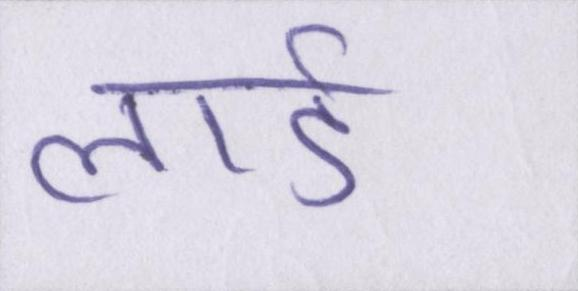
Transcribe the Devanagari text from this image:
लार्ड